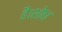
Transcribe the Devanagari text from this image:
है।शोध